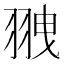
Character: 䎈